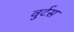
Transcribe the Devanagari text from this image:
वुर्टस